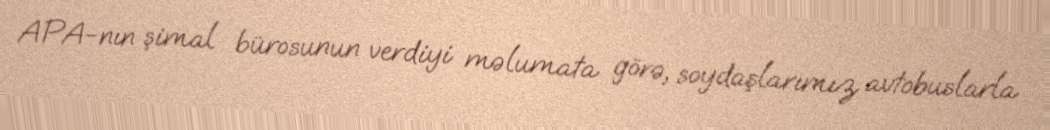
APA-nın şimal bürosunun verdiyi məlumata görə, soydaşlarımız avtobuslarla